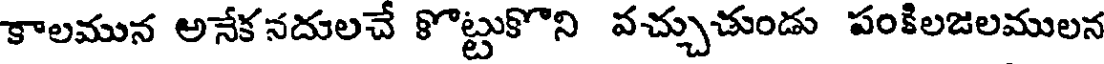
కాలమున అనేకనదులచే కొట్టుకొని వచ్చుచుండు పంకిలజలములన